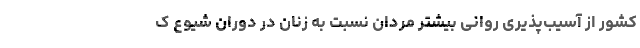
کشور از آسیب‌پذیری روانی بیشتر مردان نسبت به زنان در دوران شیوع ک